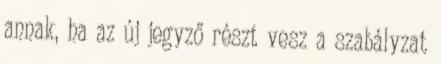
annak, ha az új jegyző részt vesz a szabályzat